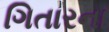
ગિતારના